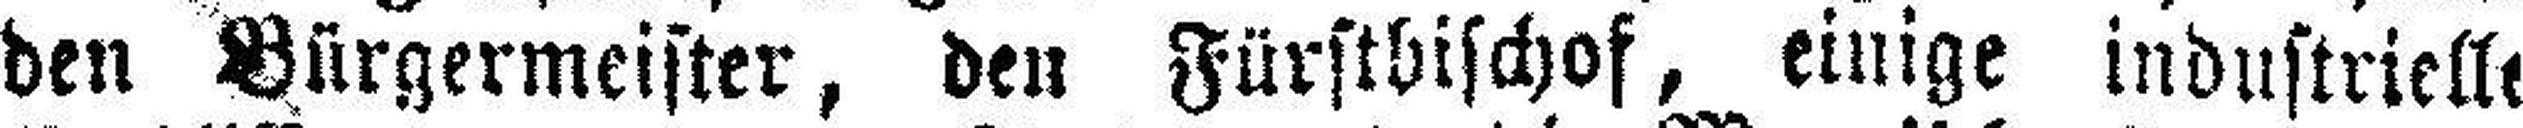
den Bürgermeister, den Fürstbischof, einige industrielle